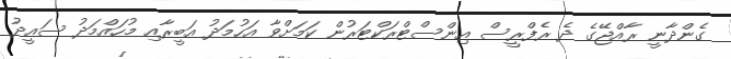
ގެންދާނީ ރާއްޖޭގެ ދެ ރެފްރީސް އިންސްޓްރަކްޓަރުން ކަމަށްވާ އަހުމަދު އަބީރާއި މުހައްމަދު ސައީދު